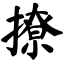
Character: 撩